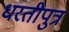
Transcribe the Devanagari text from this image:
धरतीपुत्र